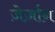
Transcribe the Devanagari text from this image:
ज़ेर्ज़ान